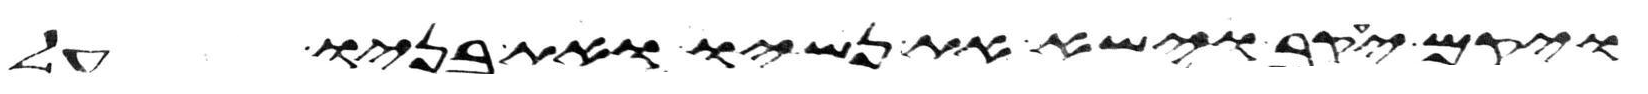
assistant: ויקם יעקב וישא את נשיו ואת בניו על